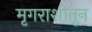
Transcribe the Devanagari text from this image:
मृगराशीतून